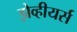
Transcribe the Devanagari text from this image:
झेव्हीयर्स